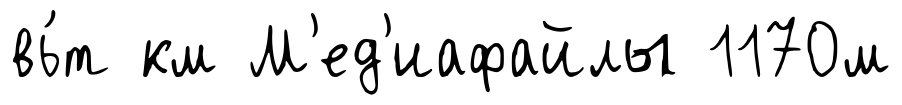
вь́т км М'ед'иафайлы 1170м